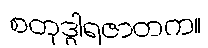
စတုဒွါရဇာတက။